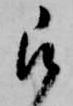
被